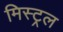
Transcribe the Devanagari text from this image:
मिस्ट्रल